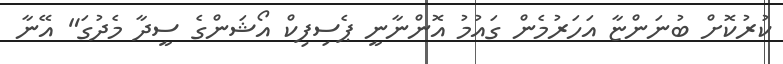
ކުރުކޮށް ބުނަންޏާ އަހަރުމެން ގައުމު އޮންނާނީ ޕެސިފިކް އޯޝަންގެ ސީދާ މެދުގަ" އޭނާ